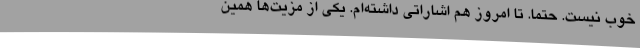
خوب نیست. حتماً. تا امروز هم اشاراتی داشته‌ام. یکی از مزیت‌ها همین